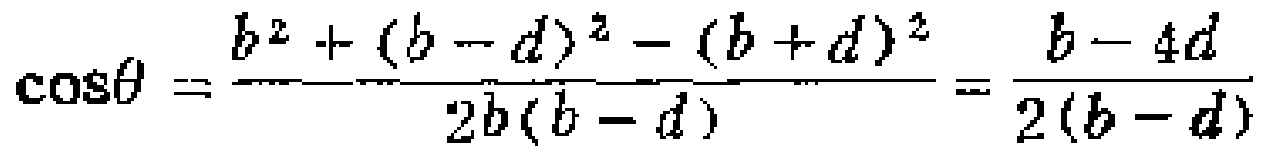
\(\cos\theta =\frac{b^{2}+(b - d)^{2}-(b + d)^{2}}{2b(b - d)}=\frac{b - 4d}{2(b - d)}\)